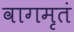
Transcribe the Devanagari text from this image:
वागमृतं